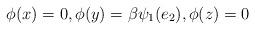
LaTeX: \begin{align*}\phi(x) = 0,\phi(y) = \beta \psi_1(e_2),\phi(z) = 0\end{align*}